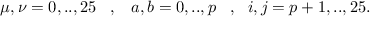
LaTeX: \mu , \nu = 0 , . . , 2 5 \, \, \, \, \, , \, \, \, \, \, a , b = 0 , . . , p \, \, \, \, \, , \, \, \, \, i , j = p + 1 , . . , 2 5 .